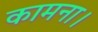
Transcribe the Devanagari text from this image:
कामना।